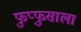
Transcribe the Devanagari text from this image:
फुप्फुसाला